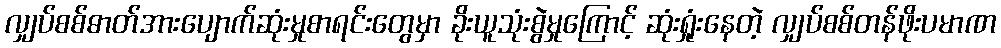
လျှပ်စစ်ဓာတ်အားပျောက်ဆုံးမှုစာရင်းတွေမှာ ခိုးယူသုံးစွဲမှုကြောင့် ဆုံးရှုံးနေတဲ့ လျှပ်စစ်တန်ဖိုးပမာဏ